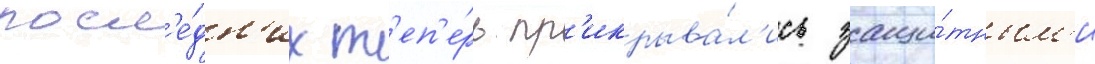
посл'е́дн'их т'еп'е́рь пр'икрыва́л'ись защи́тным'и